Veterinary [1904] -
Year: 1904
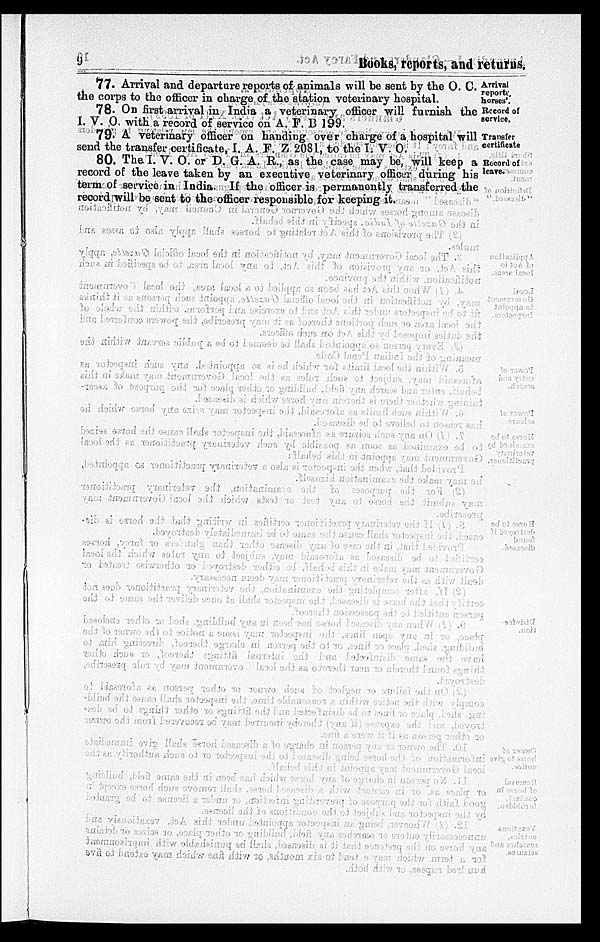
9
Books,
reports, and returns.
Arrival
reports
horses'.
77. Arrival and departure reports of animals will be sent by the O. C.
the corps to the officer in charge of the station veterinary hospital.
Record of
service.
78. On first arrival in India a veterinary officer will furnish the
I. V. O. with a record of service on A. F. B 199.
Transfer
certificate
79. A veterinary officer on handing over charge of a hospital will
send the transfer certificate, I. A. F. Z 2081, to the I. V. O.
Record of
leave.
80. The I. V. O. or D. G. A. R., as the case may be, will keep a
record of the leave taken by an executive veterinary officer during his
term of service in India. If the officer is permanently transferred the
record will be sent to the officer responsible for keeping it.